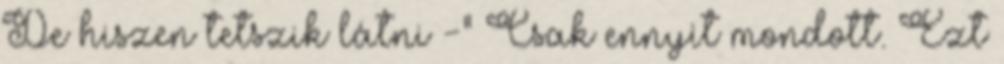
De hiszen tetszik látni -" Csak ennyit mondott. Ezt